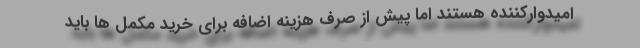
امیدوارکننده هستند اما پیش از صرف هزینه اضافه برای خرید مکمل ها باید